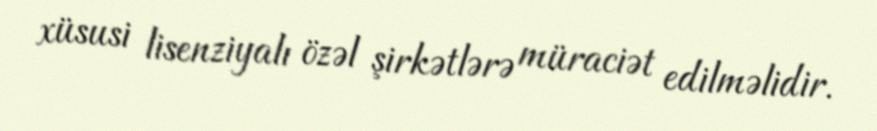
xüsusi lisenziyalı özəl şirkətlərə müraciət edilməlidir.